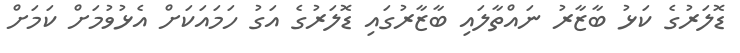
ޑޮލަރުގެ ކަޅު ބާޒާރު ނައްތާލައި ބާޒާރުގައި ޑޮލަރުގެ އަގު ހަމައަކަށް އެޅުވުމަށް ކަމަށް